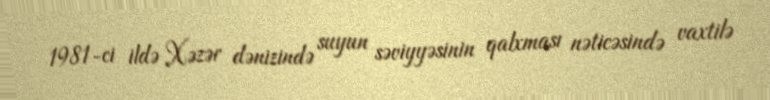
1981-ci ildə Xəzər dənizində suyun səviyyəsinin qalxması nəticəsində vaxtilə